Annual report of the Central Committee of the Association together with the report of the directors of the Pasteur Institute at Kasauli
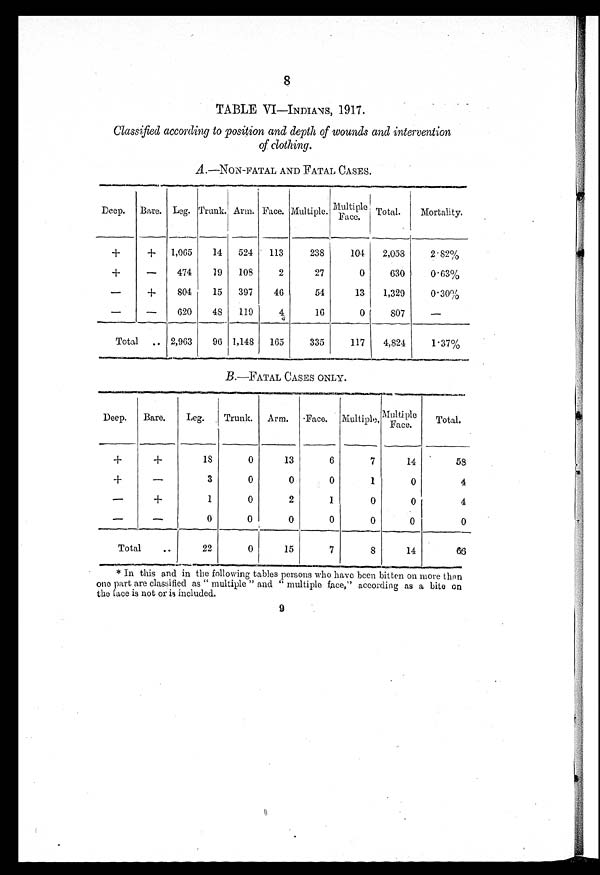
8
TABLE VI—INDIANS, 1917.
Classified according to position and depth of wounds and intervention
of clothing.
A .—NON-FATAL AND FATAL CASES.
Deep. Bare. Leg. Trunk. Arm. Face. Multiple.
Multiple Face.
Total.
Mortality.
+
+ 1,065
14 524 113
238
104
2,058
2.82%
+
—
474
19 108
2
27
0
630
0.63%
—
+
804
15 397
46
54
13
1,329
0.30%
—
—
620
48 119
4
16
0
807
—
Total
2,963
96 1,148 165
335
117
4,824
1.37%
B.—FATAL CASES ONLY.
Deep. Bare.
Leg. Trunk. Arm. Face. Multiple.
Multiple
Face.
Total.
+
+
18
0
13
6
7
14
58
+
—
3
0
0
0
1
0
4
—
+
1
0
2
1
0
0
4
—
—
0
0
0
0
0
0
0
Total
22
0
15
7
8
14
6 6
* In this and in the following tables persons who have been bitten on more than
one part are classified as " multiple " and " multiple face," according as a bite on
the face is not or is included.